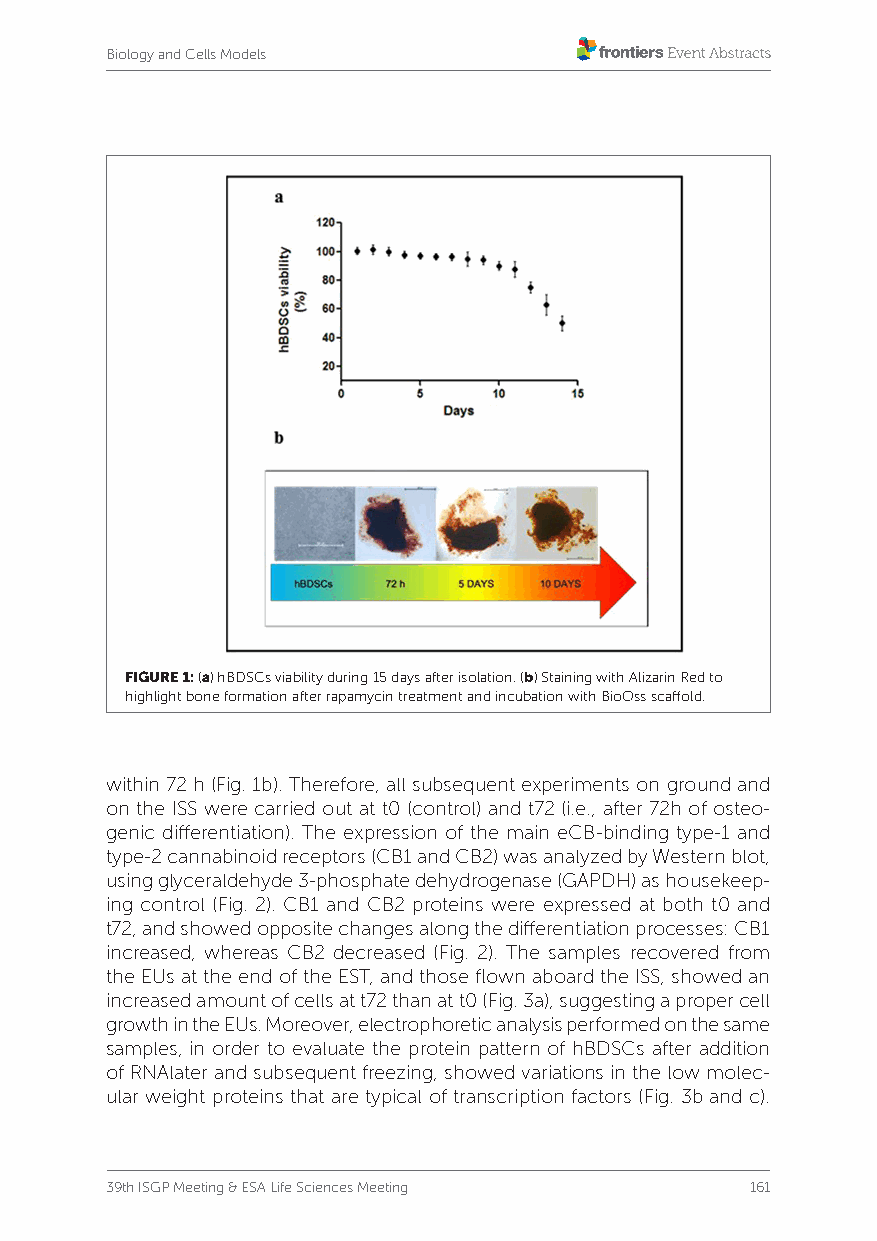
Biology and Cells Models
 FIGURE 1: (a) hBDSCs viability during 15 days after isolation. (b) Staining with Alizarin Red to
 highlight bone formation after rapamycin treatment and incubation with BioOss scaffold.
 within 72 h (Fig. 1b). Therefore, all subsequent experiments on ground and
 on the ISS were carried out at t0 (control) and t72 (i.e., after 72h of osteo-
 genic differentiation). The expression of the main eCB-binding type-1 and
 type-2 cannabinoid receptors (CB1 and CB2) was analyzed by Western blot,
 using glyceraldehyde 3-phosphate dehydrogenase (GAPDH) as housekeep-
 ing control (Fig. 2). CB1 and CB2 proteins were expressed at both t0 and
 t72, and showed opposite changes along the differentiation processes: CB1
 increased, whereas CB2 decreased (Fig. 2). The samples recovered from
 the EUs at the end of the EST, and those flown aboard the ISS, showed an
 increased amount of cells at t72 than at t0 (Fig. 3a), suggesting a proper cell
 growth in the EUs. Moreover, electrophoretic analysis performed on the same
 samples, in order to evaluate the protein pattern of hBDSCs after addition
 of RNAlater and subsequent freezing, showed variations in the low molec-
 ular weight proteins that are typical of transcription factors (Fig. 3b and c).
 39th ISGP Meeting & ESA Life Sciences Meeting 161